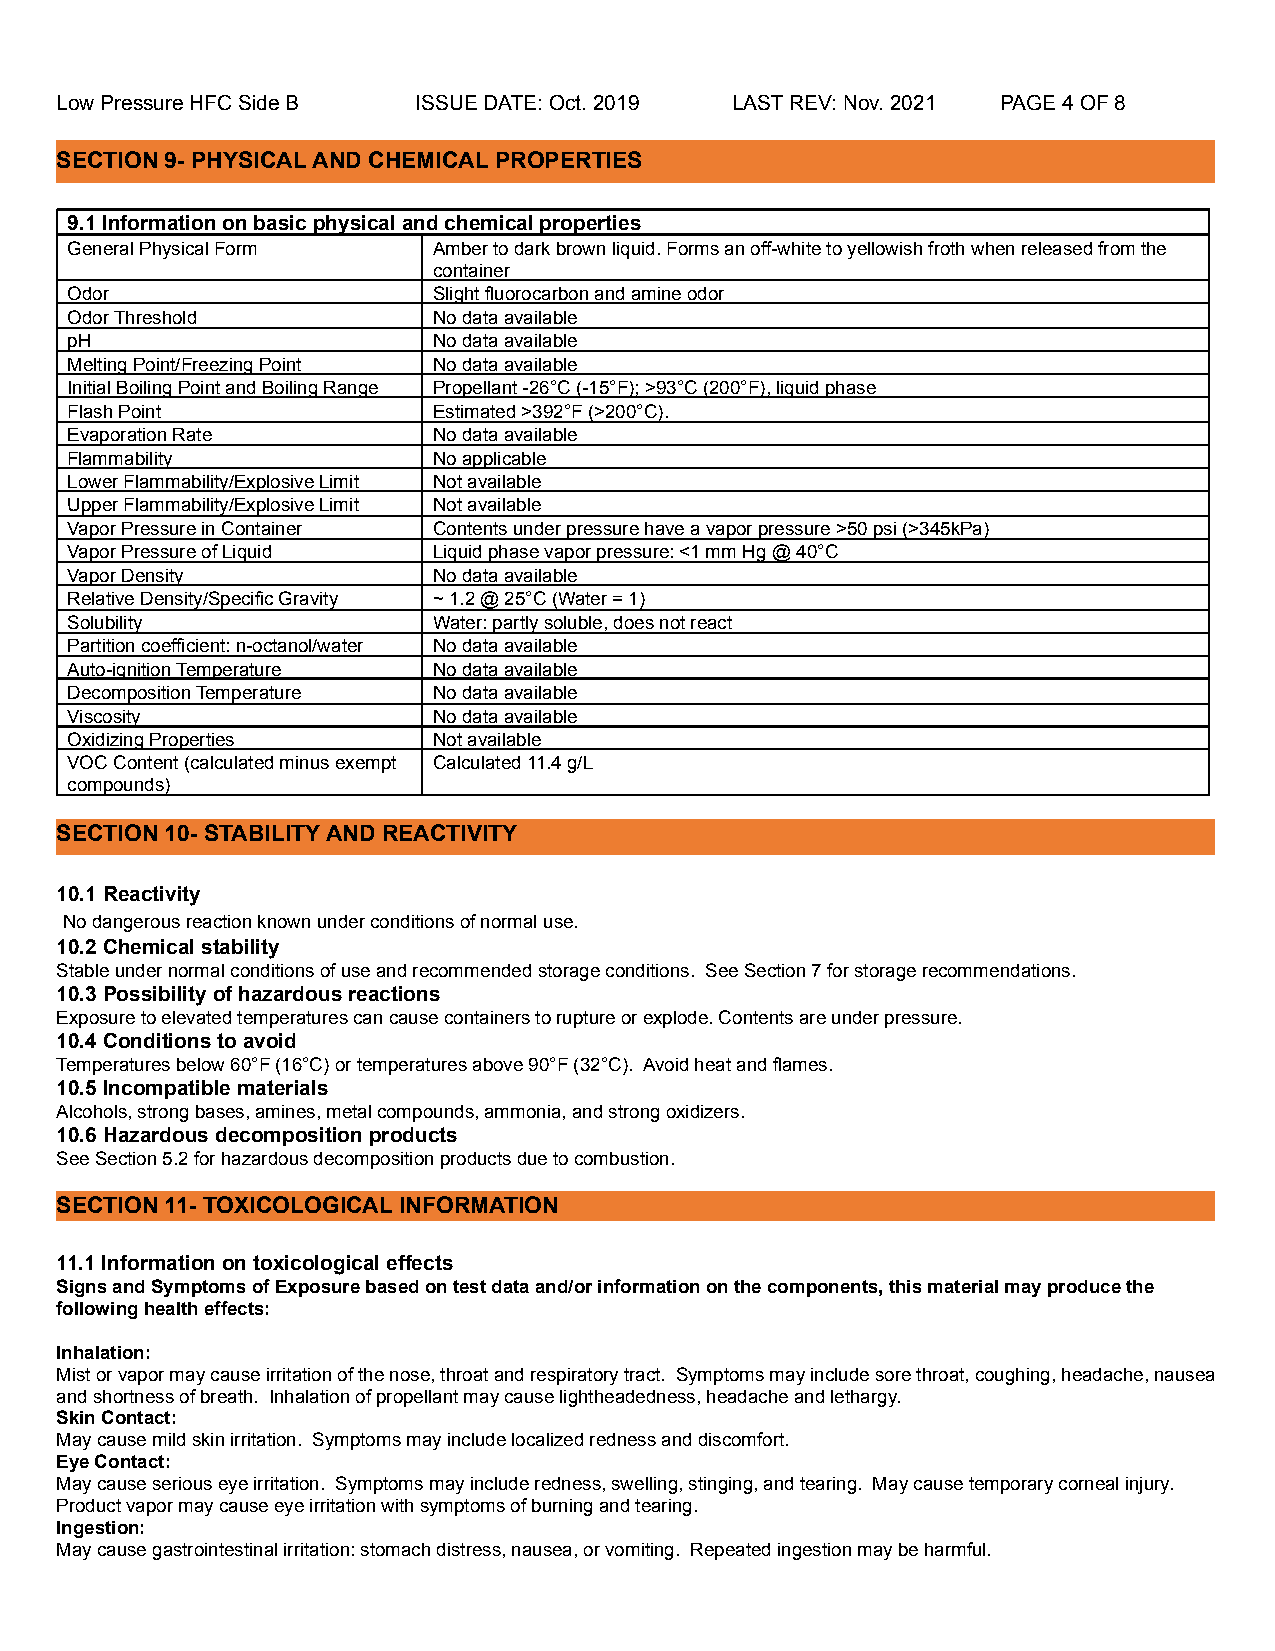
Low Pressure HFC Side B ISSUE DATE: Oct. 2019 LAST REV: Nov. 2021 PAGE4OF 8
 SECTION 9- PHYSICAL AND CHEMICAL PROPERTIES
 9.1 Information on basic physical and chemical properties
 General Physical Form    Amber to dark brown liquid. Forms an off-white to yellowish froth when released from the
 container
 Odor                     Slight fluorocarbon and amine odor
 Odor Threshold           No data available
 pH                       No data available
 Melting Point/Freezing Point No data available
 Initial Boiling Point and Boiling Range Propellant -26°C (-15°F); >93°C (200°F), liquid phase
 Flash Point              Estimated >392°F (>200°C).
 Evaporation Rate         No data available
 Flammability             No applicable
 Lower Flammability/Explosive Limit Not available
 Upper Flammability/Explosive Limit Not available
 Vapor Pressure in Container Contents under pressure have a vapor pressure >50 psi (>345kPa)
 Vapor Pressure of Liquid Liquid phase vapor pressure: <1 mm Hg @ 40°C
 Vapor Density            No data available
 Relative Density/Specific Gravity ~ 1.2 @ 25°C (Water = 1)
 Solubility               Water: partly soluble, does not react
 Partition coefficient: n-octanol/water No data available
 Auto-ignition Temperature No data available
 Decomposition Temperature No data available
 Viscosity                No data available
 Oxidizing Properties     Not available
 VOC Content (calculated minus exempt Calculated 11.4 g/L
 compounds)
 SECTION 10- STABILITY AND REACTIVITY
 10.1 Reactivity
 No dangerous reaction known under conditions of normaluse.
 10.2 Chemical stability
 Stable under normal conditions of use and recommended storage conditions. See Section 7 for storage recommendations.
 10.3 Possibility of hazardous reactions
 Exposure to elevated temperatures can cause containers to rupture or explode. Contents are under pressure.
 10.4 Conditions to avoid
 Temperatures below 60°F (16°C) or temperatures above 90°F (32°C). Avoid heat and flames.
 10.5 Incompatible materials
 Alcohols, strong bases, amines, metal compounds, ammonia, and strong oxidizers.
 10.6 Hazardous decomposition products
 See Section 5.2 for hazardous decomposition products due to combustion.
 SECTION 11- TOXICOLOGICAL INFORMATION
 11.1 Information on toxicological effects
 Signs and Symptoms of Exposure based on test data and/or information on the components, this material may produce the
 following health effects:
 Inhalation:
 Mist or vapor may cause irritation of the nose, throat and respiratory tract. Symptoms may include sore throat, coughing, headache, nausea
 and shortness of breath. Inhalation of propellant may cause lightheadedness, headache and lethargy.
 Skin Contact:
 May cause mild skin irritation. Symptoms may include localized redness and discomfort.
 Eye Contact:
 May cause serious eye irritation. Symptoms may include redness, swelling, stinging, and tearing. May cause temporary corneal injury.
 Product vapor may cause eye irritation with symptoms of burning and tearing.
 Ingestion:
 May cause gastrointestinal irritation: stomach distress, nausea, or vomiting. Repeated ingestion may be harmful.